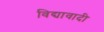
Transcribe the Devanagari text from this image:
विद्यावादी